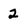
Character: 2